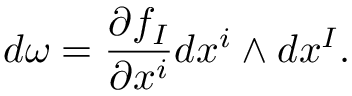
d { \omega } = { \frac { \partial f _ { I } } { \partial x ^ { i } } } d x ^ { i } \wedge d x ^ { I } .